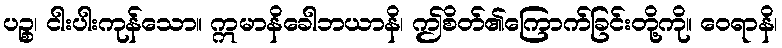
ပဉ္စ၊ ငါးပါးကုန်သော။ ဣမာနိခေါဘယာနိ၊ ဤစိတ်၏ကြောက်ခြင်းတို့ကို။ ဝေရာနိ၊